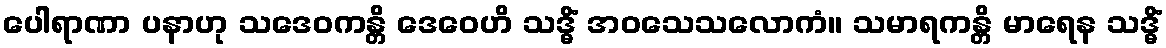
ပေါရာဏာ ပနာဟု သဒေဝကန္တိ ဒေဝေဟိ သဒ္ဓိံ အဝသေသလောကံ။ သမာရကန္တိ မာရေန သဒ္ဓိံ